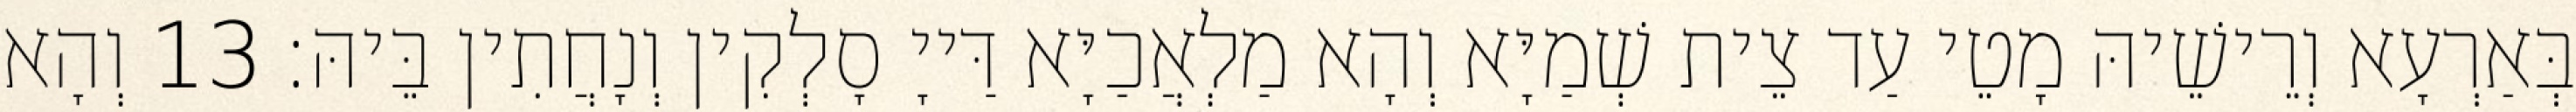
בְּאַרְעָא וְרֵישֵׁיהּ מָטֵי עַד צֵית שְׁמַיָּא וְהָא מַלְאֲכַיָּא דַּייָ סָלְקִין וְנָחֲתִין בֵּיהּ׃ 13 וְהָא